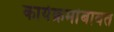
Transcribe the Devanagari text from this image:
कार्यक्रमांबाबत